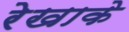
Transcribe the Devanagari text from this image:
रेखाके